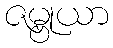
ဇမ္ဗုယာ